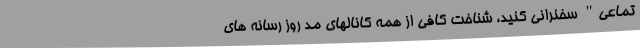
تماعی" سخنرانی کنید، شناخت کافی از همه کانالهای مد روز رسانه های